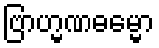
ဗြာဟ္မဏဓမ္မော